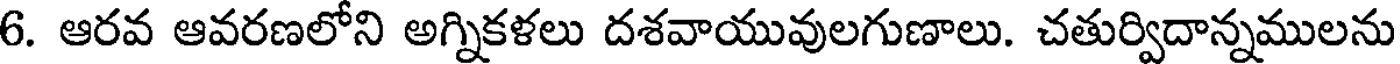
6. ఆరవ ఆవరణలోని అగ్నికళలు దశవాయువులగుణాలు. చతుర్విదాన్నములను